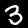
Digit: 3